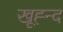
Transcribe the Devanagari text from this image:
खूह्न्द